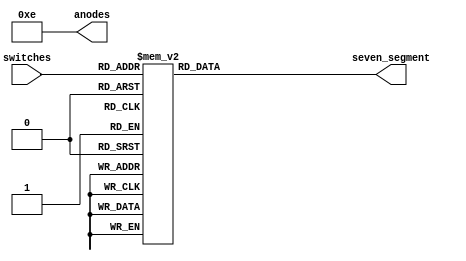
`timescale 1ns / 1ps
//////////////////////////////////////////////////////////////////////////////////
// Company: 
// Engineer: 
// 
// Design Name: 
// Module Name: switches_to_sevenseg
// Project Name: 
// Target Devices: 
// Tool Versions: 
// Description: 
// 
// Dependencies: 
// 
// Revision:
// Revision 0.01 - File Created
// Additional Comments:
// 
//////////////////////////////////////////////////////////////////////////////////


module switches_to_sevenseg(
    input  [3:0] switches, // BOTTOM RIGHT SWITCHES OF BASYS3
    output reg [6:0] seven_segment,
    output [3:0] anodes

);

/*
    From MSB to LSB
    GFEDCBA is the order of bits corresponding to seven seg display
    the following comment is from diligent 

    //////////////gfedcba////////////////////////////////////////////              a
    0:a_to_g = 7'b1000000;////0000												   __					
    1:a_to_g = 7'b1111001;////0001												f/	  /b
    2:a_to_g = 7'b0100100;////0010												  g
    //                                                                           __	
    3:a_to_g = 7'b0110000;////0011										 	 e /   /c
    4:a_to_g = 7'b0011001;////0100												 __
    5:a_to_g = 7'b0010010;////0101                                               d  
*/
assign anodes = 4'b1110; //FAR RIGHT SEV SEG DISPLAY
always @(*) begin
    case (switches)
        4'b0000: seven_segment = 7'b100_0000; // "0"     
        4'b0001: seven_segment = 7'b111_1001; // "1" 
        4'b0010: seven_segment = 7'b010_0100; // "2" 
        4'b0011: seven_segment = 7'b011_0000; // "3" 
        4'b0100: seven_segment = 7'b001_1001; // "4" 
        4'b0101: seven_segment = 7'b001_0010; // "5" 
        4'b0110: seven_segment = 7'b000_0010; // "6" 
        4'b0111: seven_segment = 7'b111_1000; // "7" 
        4'b1000: seven_segment = 7'b000_0000; // "8"     
        4'b1001: seven_segment = 7'b001_0000; // "9" 
        default: seven_segment = 7'b100_0000; // "0"
    endcase
end
endmodule